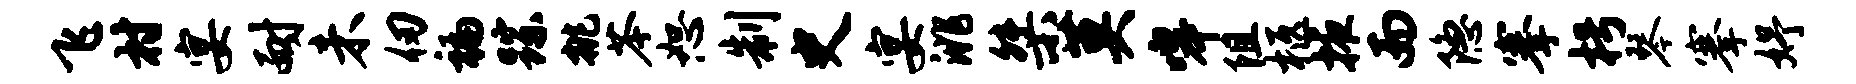
飞村宴耐未仞褊踪挑苓恕制史宴洮桀莫嗥阻柩掖而隐搴枵琴搴妤